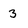
Character: 3